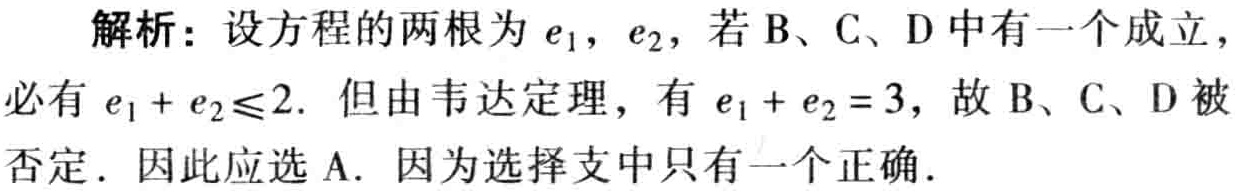
解析：设方程的两根为\(e_1\)，\(e_2\)，若B、C、D中有一个成立，必有\(e_1 + e_2\leqslant2\). 但由韦达定理，有\(e_1 + e_2 = 3\)，故B、C、D被否定. 因此应选A. 因为选择支中只有一个正确.